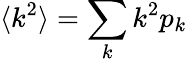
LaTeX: \langle k^{2}\rangle=\sum_{k}k^{2}p_{k}